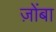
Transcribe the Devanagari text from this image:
ज़ोंबा